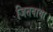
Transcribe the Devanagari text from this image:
जितवाया।